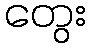
တွေး